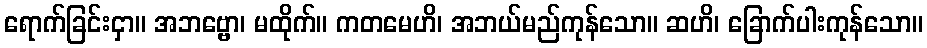
ရောက်ခြင်းငှာ။ အဘဗ္ဗော၊ မထိုက်။ ကတမေဟိ၊ အဘယ်မည်ကုန်သော။ ဆဟိ၊ ခြောက်ပါးကုန်သော။